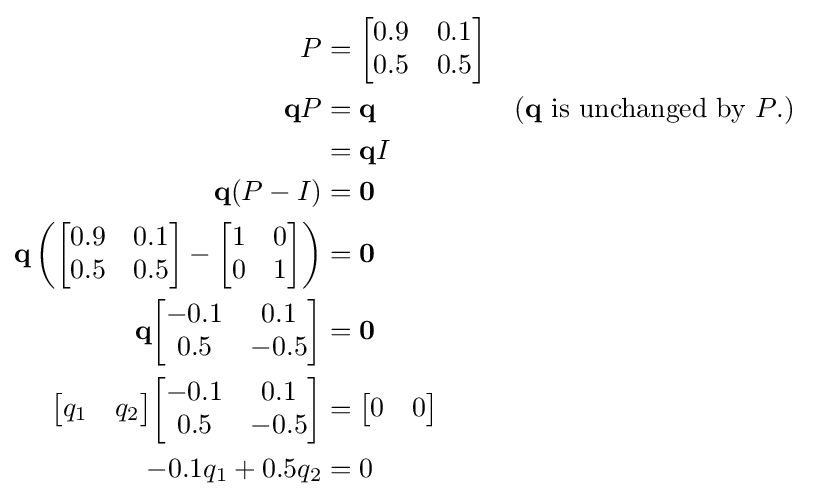
{\begin{aligned}P&={\begin{bmatrix}0.9&0.1\\0.5&0.5\end{bmatrix}}\\\mathbf {q} P&=\mathbf {q} &&{\text{(}}\mathbf {q} {\text{ is unchanged by }}P{\text{.)}}\\&=\mathbf {q} I\\\mathbf {q} (P-I)&=\mathbf {0} \\\mathbf {q} \left({\begin{bmatrix}0.9&0.1\\0.5&0.5\end{bmatrix}}-{\begin{bmatrix}1&0\\0&1\end{bmatrix}}\right)&=\mathbf {0} \\\mathbf {q} {\begin{bmatrix}-0.1&0.1\\0.5&-0.5\end{bmatrix}}&=\mathbf {0} \\{\begin{bmatrix}q_{1}&q_{2}\end{bmatrix}}{\begin{bmatrix}-0.1&0.1\\0.5&-0.5\end{bmatrix}}&={\begin{bmatrix}0&0\end{bmatrix}}\\-0.1q_{1}+0.5q_{2}&=0\end{aligned}}